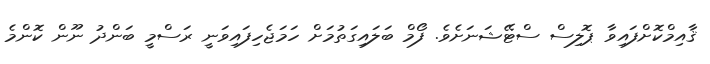
ޤާއިމްކޮށްފައިވާ ޕޮލިސް ސްޓޭޝަނަށެވެ. ފޯމް ބަލައިގަތުމަށް ހަމަޖެހިފައިވަނީ ރަސްމީ ބަންދު ނޫން ކޮންމެ